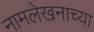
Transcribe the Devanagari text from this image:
नामलेखनाच्या